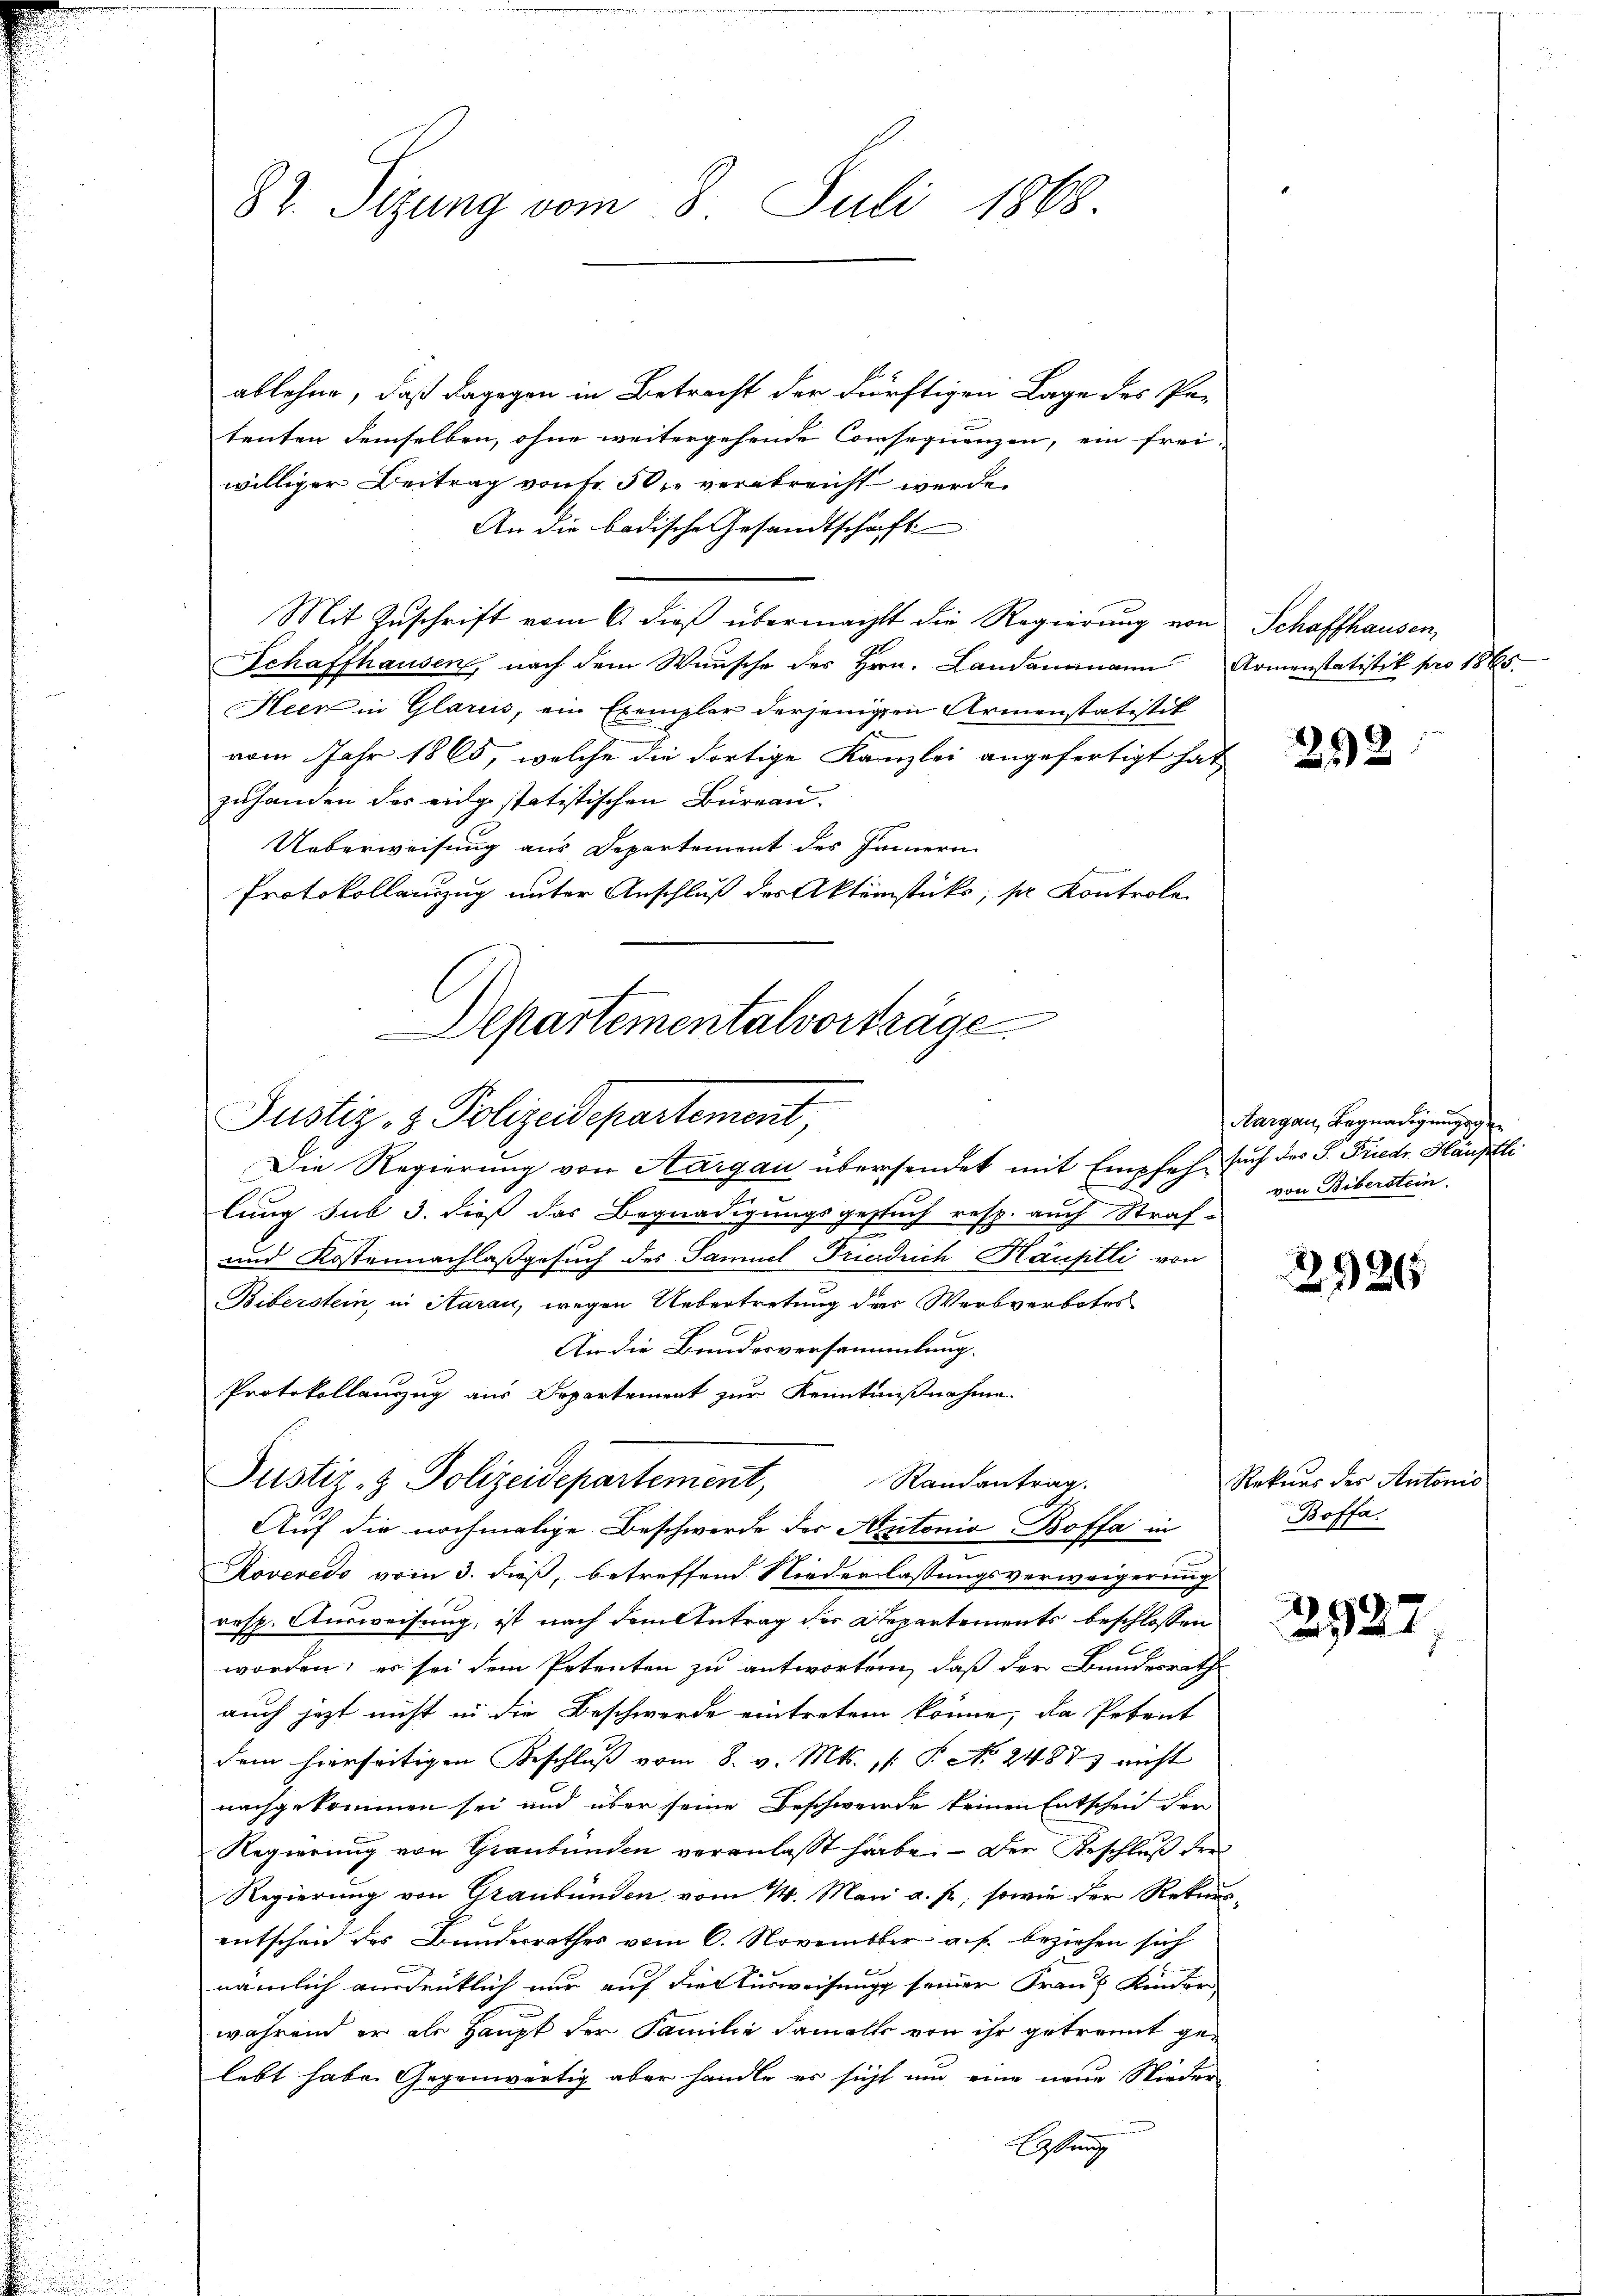
82. Sizung vom 8. Juli 1868.

ablehne, daß dagegen in Betracht der dürftigen Lage des Patenten demselben, ohne weitergehende Consequenzen, ein frei-
williger Beitrag von Fr. 50 r. verabreicht werde.
An die badische Gesandtschaft
Mit Zuschrift vom 6. dieß übermacht die Regierung von
Schaffhausen, nach dem Wunsche des Hrn. Landammann Armenstatistik pro 1865.
Heer in Glarus, ein Exemplar derjenigen Armenstatistik
vom Jahr 1865, welche die dortige Kanzlei angefertigt hat,
zuhanden des eidgestatistischen Büreau.
Ueberweisung aus Departement des Innern
Protokollenzug unter Anschluß des Aktenstücks, pr Kontrole
Die Regierung von Aargau übersendet mit Empfehe sich des S. Friedr. Häuptli
lung sub 3. dieß das Begnadigungsgestuch resp. auch Straf-
und Kostennachlaßgesuch des Samuel Friedrich Häuptli von
Biberstein, in Aarau, wegen Uebertretung des Werbverbotes
An die Bundesversammlung.
Protokollauszug aus Departement zur Kenntnißnahme.
Justiz- & Polizeidepartement,
Randantrag.
Auf die nochmalige Beschwerde des Antonio Boffa in
Roveredo vom 3. dieß, betreffend Niederlassungsverweigerung
resp. Ausweisung, ist nach dem Antrag des Departements beschlossen
worden; er sei dem Petenten zu antworten, daß der Bundesrath
auch jetzt nicht in die Beschwerde eintreten könne, da Petent
dem hierseitigen Beschluß vom 8. v. Mts. (: P. No. 2488) nicht
nachgekommen sei und über seine Beschwerde keinen Entscheid der
Regierung von Graubünden veranlasst habe. — Der Beschluß den
Regierung von Graubünden vom 14. Mai a. p. sowie der Rekurs
entscheid des Bundesrathes vom 6. November a. f. beziehen sich
nämlich ausdrüklich nur auf die Ausweisung seiner Frau Kinder
während er als Haupt der Familie damals von ihr getrennt gelebt habe. Gegenwärtig aber handle er sicht und eine neue Nieder
lastung

Departementalvorträge
Justiz- & Polizeidepartement,

Schaffhausen,

292

Aargau, Begnadigungsge
von Biberstein.

2926

Rekurs des Antonis
Boffa.

2527